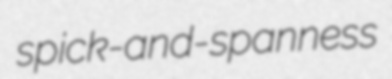
spick-and-spanness